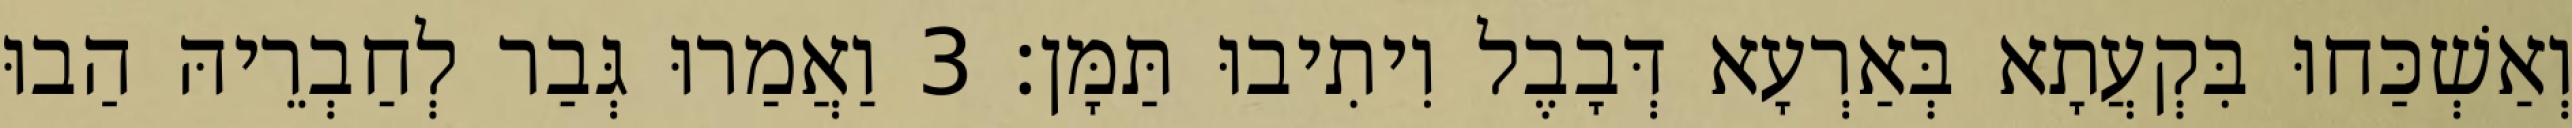
וְאַשְׁכַּחוּ בִּקְעֲתָא בְּאַרְעָא דְּבָבֶל וִיתִיבוּ תַּמָּן׃ 3 וַאֲמַרוּ גְּבַר לְחַבְרֵיהּ הַבוּ